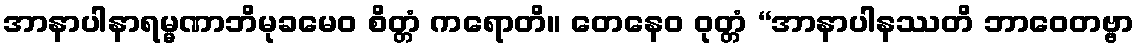
အာနာပါနာရမ္မဏာဘိမုခမေဝ စိတ္တံ ကရောတိ။ တေနေဝ ဝုတ္တံ “အာနာပါနဿတိ ဘာဝေတဗ္ဗာ